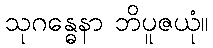
သုဂန္ဓေနာ ဘိပူဇယုံ။